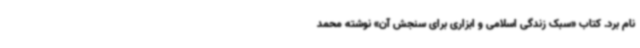
نام برد. کتاب «سبک زندگی اسلامی و ابزاری برای سنجش آن» نوشته محمد